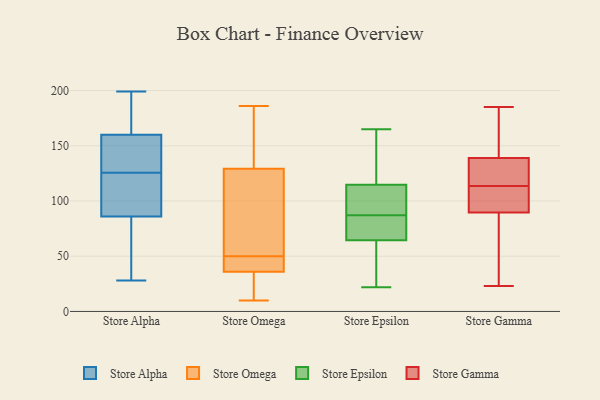
{"axis": {"x": "Revenue (USD Million)", "y": "Value"}, "legend": ["Store Alpha", "Store Epsilon", "Store Gamma", "Store Omega"], "data": [{"x": "", "y": 85, "type": "Store Alpha"}, {"x": "", "y": 175, "type": "Store Alpha"}, {"x": "", "y": 101, "type": "Store Alpha"}, {"x": "", "y": 156, "type": "Store Alpha"}, {"x": "", "y": 37, "type": "Store Alpha"}, {"x": "", "y": 157, "type": "Store Alpha"}, {"x": "", "y": 199, "type": "Store Alpha"}, {"x": "", "y": 122, "type": "Store Alpha"}, {"x": "", "y": 78, "type": "Store Alpha"}, {"x": "", "y": 152, "type": "Store Alpha"}, {"x": "", "y": 128, "type": "Store Alpha"}, {"x": "", "y": 86, "type": "Store Alpha"}, {"x": "", "y": 149, "type": "Store Alpha"}, {"x": "", "y": 28, "type": "Store Alpha"}, {"x": "", "y": 163, "type": "Store Alpha"}, {"x": "", "y": 186, "type": "Store Alpha"}, {"x": "", "y": 86, "type": "Store Alpha"}, {"x": "", "y": 123, "type": "Store Alpha"}, {"x": "", "y": 88, "type": "Store Alpha"}, {"x": "", "y": 195, "type": "Store Alpha"}, {"x": "", "y": 73, "type": "Store Omega"}, {"x": "", "y": 38, "type": "Store Omega"}, {"x": "", "y": 186, "type": "Store Omega"}, {"x": "", "y": 27, "type": "Store Omega"}, {"x": "", "y": 36, "type": "Store Omega"}, {"x": "", "y": 11, "type": "Store Omega"}, {"x": "", "y": 124, "type": "Store Omega"}, {"x": "", "y": 36, "type": "Store Omega"}, {"x": "", "y": 10, "type": "Store Omega"}, {"x": "", "y": 101, "type": "Store Omega"}, {"x": "", "y": 172, "type": "Store Omega"}, {"x": "", "y": 147, "type": "Store Omega"}, {"x": "", "y": 48, "type": "Store Omega"}, {"x": "", "y": 131, "type": "Store Omega"}, {"x": "", "y": 50, "type": "Store Omega"}, {"x": "", "y": 87, "type": "Store Epsilon"}, {"x": "", "y": 104, "type": "Store Epsilon"}, {"x": "", "y": 63, "type": "Store Epsilon"}, {"x": "", "y": 152, "type": "Store Epsilon"}, {"x": "", "y": 109, "type": "Store Epsilon"}, {"x": "", "y": 87, "type": "Store Epsilon"}, {"x": "", "y": 165, "type": "Store Epsilon"}, {"x": "", "y": 113, "type": "Store Epsilon"}, {"x": "", "y": 22, "type": "Store Epsilon"}, {"x": "", "y": 44, "type": "Store Epsilon"}, {"x": "", "y": 120, "type": "Store Epsilon"}, {"x": "", "y": 72, "type": "Store Epsilon"}, {"x": "", "y": 65, "type": "Store Epsilon"}, {"x": "", "y": 94, "type": "Store Gamma"}, {"x": "", "y": 114, "type": "Store Gamma"}, {"x": "", "y": 23, "type": "Store Gamma"}, {"x": "", "y": 82, "type": "Store Gamma"}, {"x": "", "y": 124, "type": "Store Gamma"}, {"x": "", "y": 185, "type": "Store Gamma"}, {"x": "", "y": 106, "type": "Store Gamma"}, {"x": "", "y": 122, "type": "Store Gamma"}, {"x": "", "y": 104, "type": "Store Gamma"}, {"x": "", "y": 70, "type": "Store Gamma"}, {"x": "", "y": 138, "type": "Store Gamma"}, {"x": "", "y": 140, "type": "Store Gamma"}, {"x": "", "y": 169, "type": "Store Gamma"}, {"x": "", "y": 113, "type": "Store Gamma"}, {"x": "", "y": 185, "type": "Store Gamma"}, {"x": "", "y": 85, "type": "Store Gamma"}]}